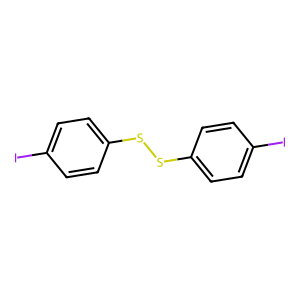
SMILES: Ic1ccc(SSc2ccc(I)cc2)cc1
Inhibits HIV replication: No